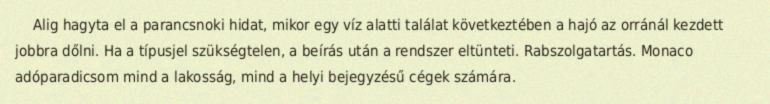
Alig hagyta el a parancsnoki hidat, mikor egy víz alatti találat következtében a hajó az orránál kezdett jobbra dőlni. Ha a típusjel szükségtelen, a beírás után a rendszer eltünteti. Rabszolgatartás. Monaco adóparadicsom mind a lakosság, mind a helyi bejegyzésű cégek számára.